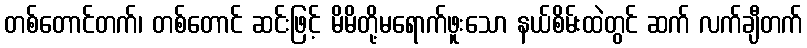
တစ်တောင်တက်၊ တစ်တောင် ဆင်းဖြင့် မိမိတို့မရောက်ဖူးသော နယ်စိမ်းထဲတွင် ဆက် လက်ချီတက်